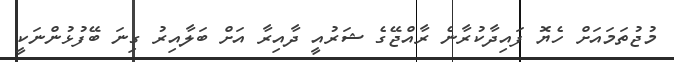
މުޖުތަމައަށް ހެޔޮ ފައިދާކުރާނެ ރާއްޖޭގެ ޝަރުއީ ދާއިރާ އަށް ބަލާއިރު ގިނަ ބޭފުޅުންނަކީ